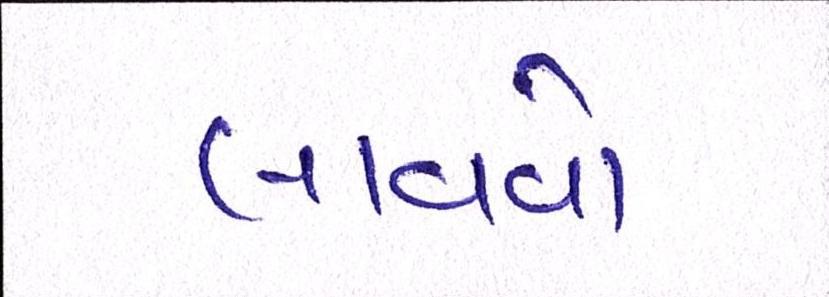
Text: લાવવો